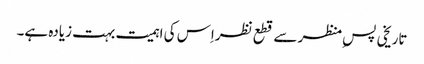
تاریخی پس ِمنظر سے قطع نظراِس کی اہمیت بہت زیادہ ہے۔